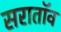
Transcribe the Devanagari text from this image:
सरातॉव